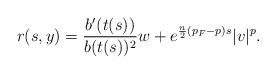
LaTeX: \begin{align*}r(s,y) &= \frac{b^{\prime}(t(s))}{b(t(s))^2}w+ e^{\frac{n}{2}(p_F-p) s} |v|^p.\end{align*}